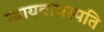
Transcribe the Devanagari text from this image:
न्यायवाचस्पति